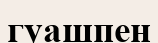
гуашпен